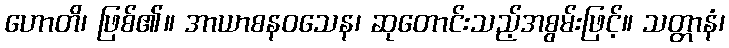
ဟောတိ၊ ဖြစ်၏။ အာယာစနဝသေန၊ ဆုတောင်းသည့်အစွမ်းဖြင့်။ သတ္တာနံ၊